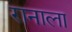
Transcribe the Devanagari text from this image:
रानाला